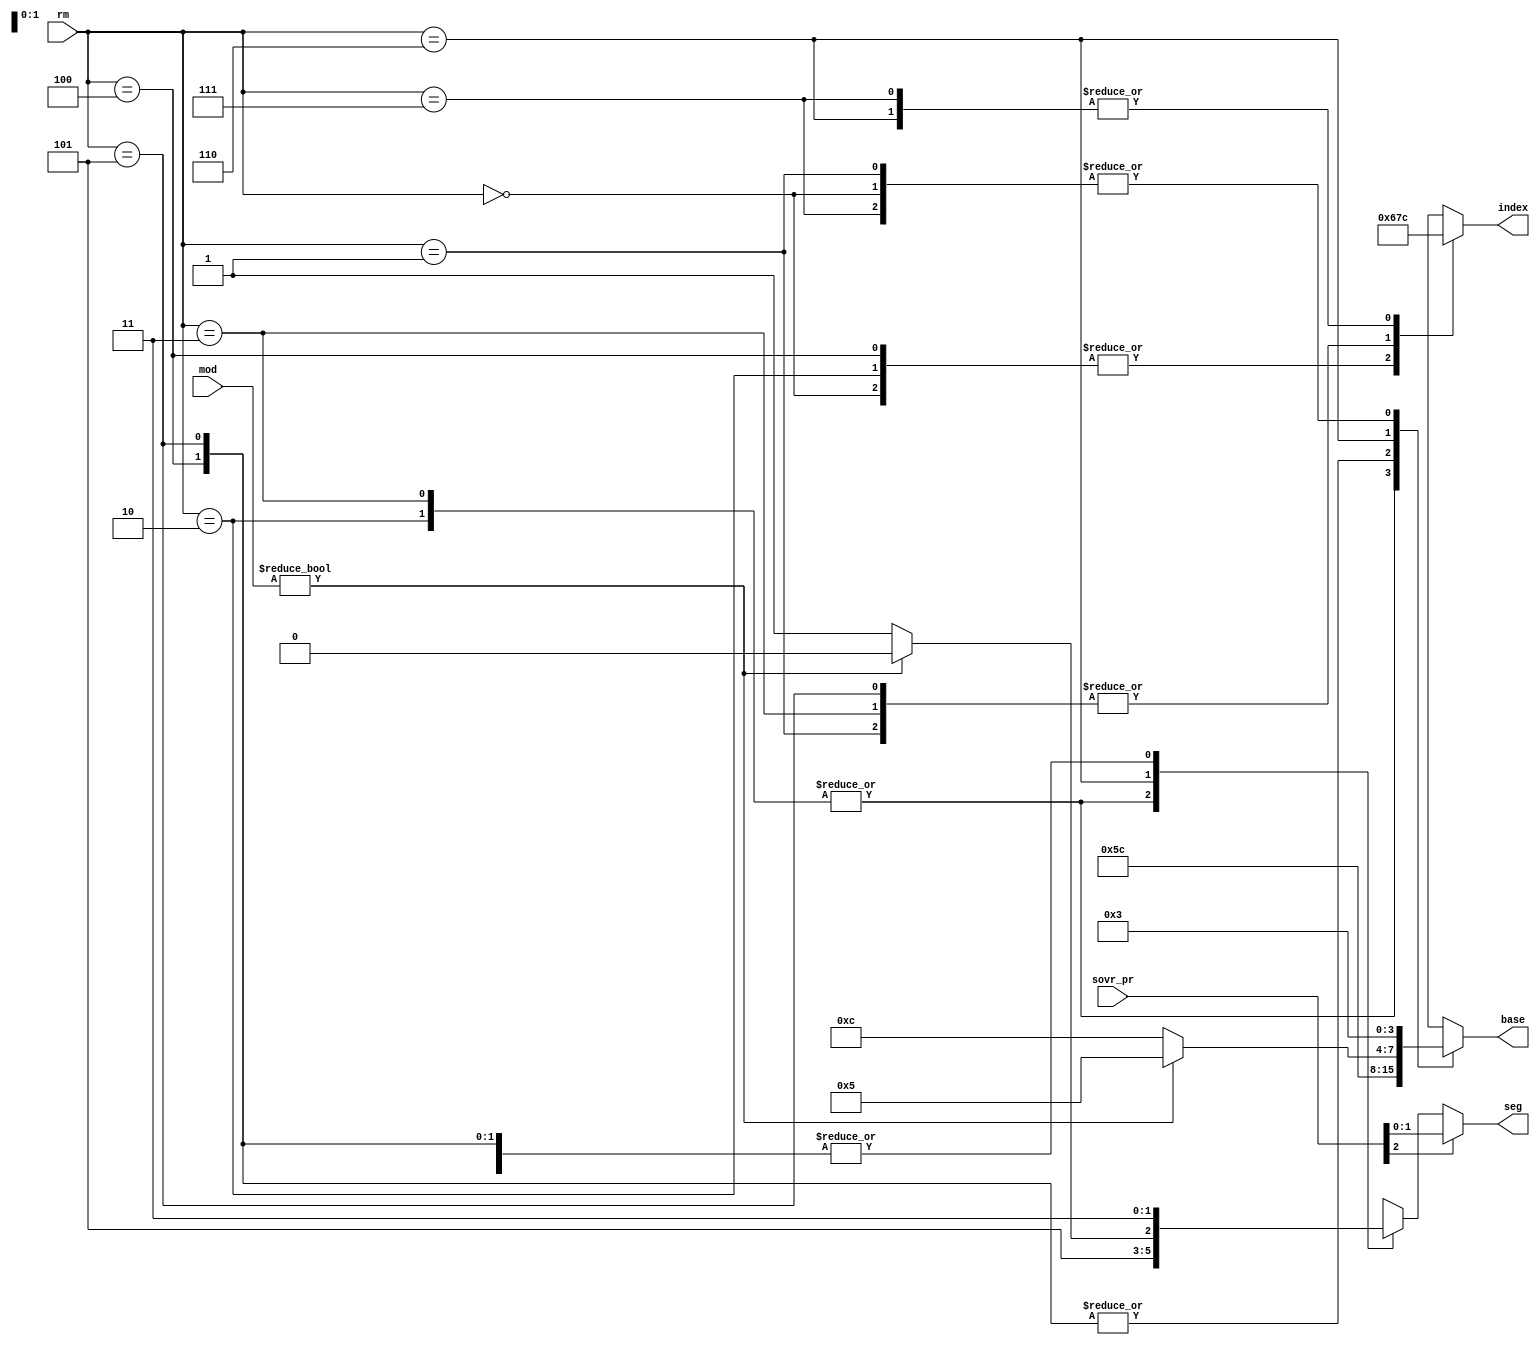
module memory_regs (
    input [2:0] rm,
    input [1:0] mod,
    input [2:0] sovr_pr,
    output reg [3:0] base,
    output reg [3:0] index,
    output     [1:0] seg
  );
  reg [1:0] s;
  assign seg = sovr_pr[2] ? sovr_pr[1:0] : s;
  always @(rm or mod)
    case (rm)
      3'b000: begin base <= 4'b0011; index <= 4'b0110; s <= 2'b11; end
      3'b001: begin base <= 4'b0011; index <= 4'b0111; s <= 2'b11; end
      3'b010: begin base <= 4'b0101; index <= 4'b0110; s <= 2'b10; end
      3'b011: begin base <= 4'b0101; index <= 4'b0111; s <= 2'b10; end
      3'b100: begin base <= 4'b1100; index <= 4'b0110; s <= 2'b11; end
      3'b101: begin base <= 4'b1100; index <= 4'b0111; s <= 2'b11; end
      3'b110: begin base <= mod ? 4'b0101 : 4'b1100; index <= 4'b1100;
                    s <= mod ? 2'b10 : 2'b11; end
      3'b111: begin base <= 4'b0011; index <= 4'b1100; s <= 2'b11; end
    endcase
endmodule